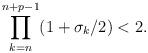
LaTeX: \begin{align*}\prod_{k=n}^{n+p-1} (1+\sigma_k/2)<2.\end{align*}